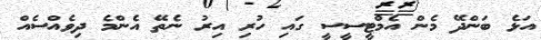
އަޅެ ބަންދޭ މެން އެމްޓީސީސީ ގައި ހުރި އިރު ނެތޭ އެންމެ ދިވެއްސެއް